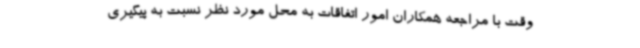
وقت با مراجعه همکاران امور اتفاقات به محل مورد نظر نسبت به پیگیری